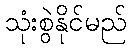
သုံးစွဲနိုင်မည်